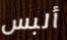
ألبس